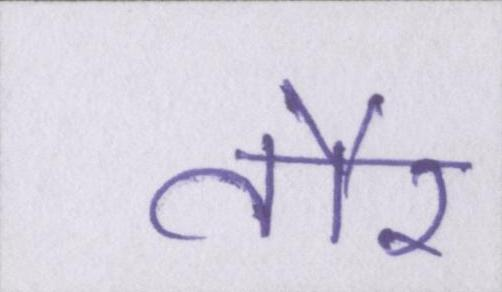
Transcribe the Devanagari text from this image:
तौर